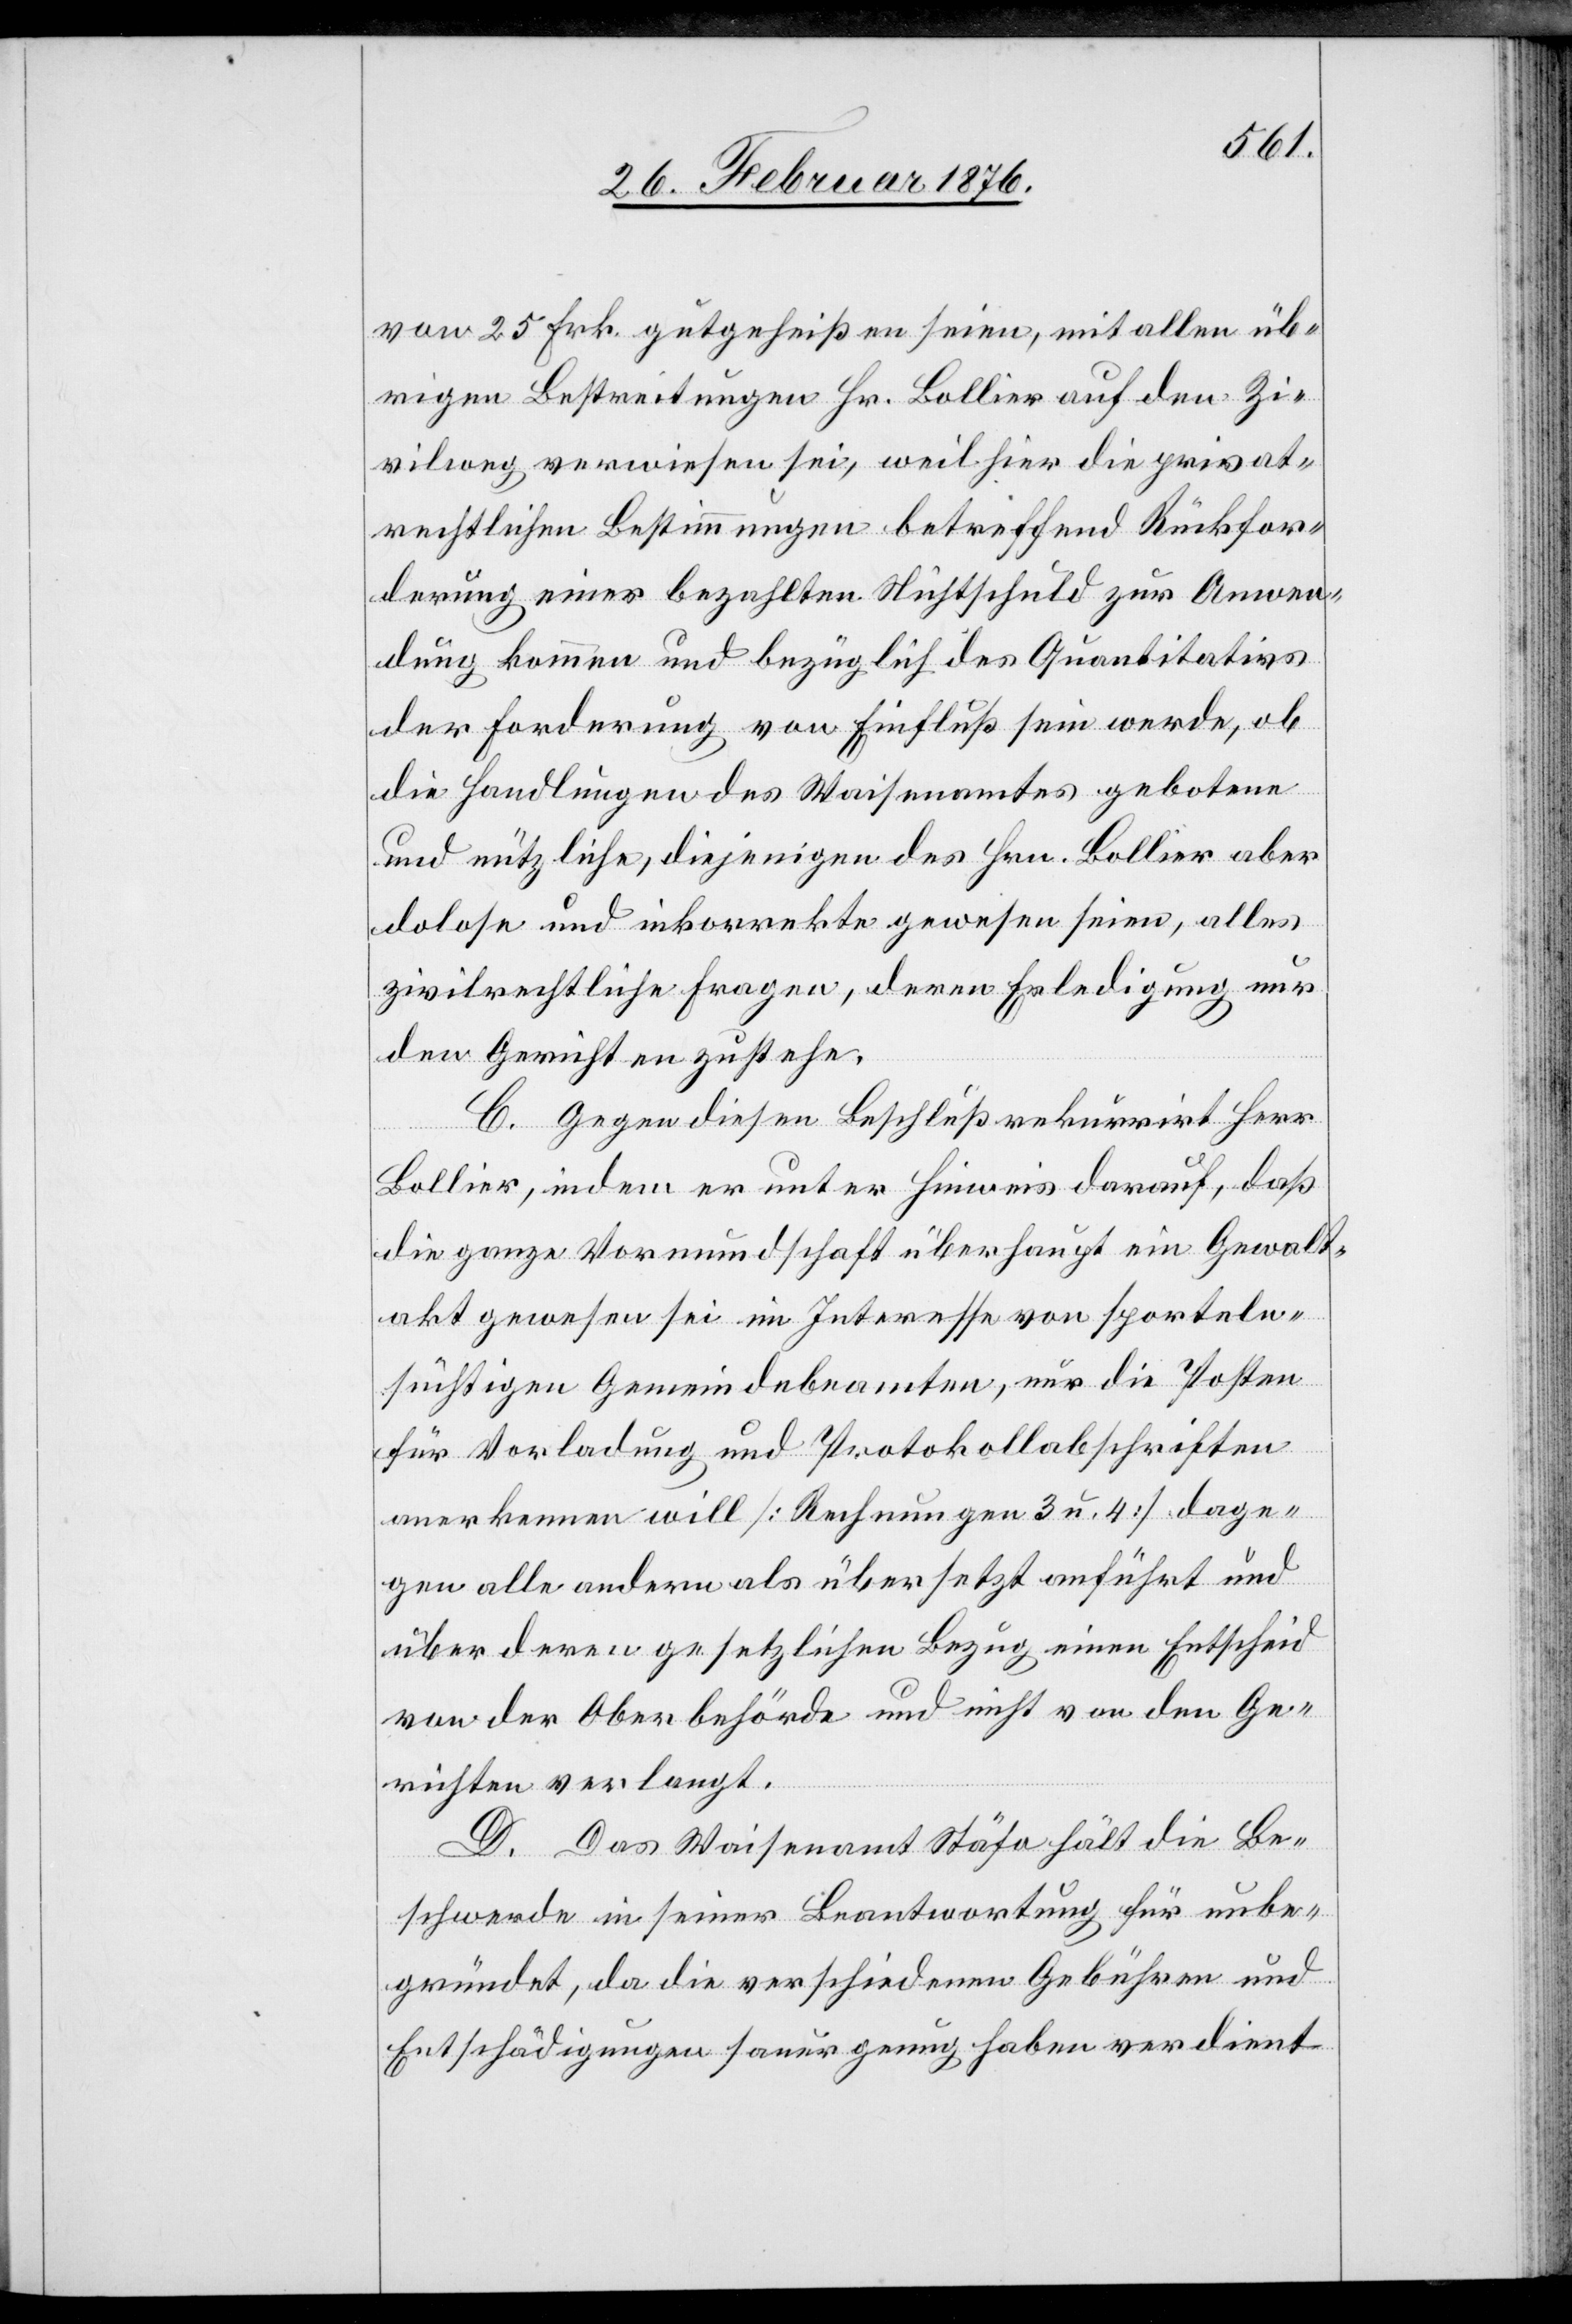
von 25 Frk. gutgeheißen seien, mit allen üb¬
rigen Bestreitungen Hr. Bollier auf den Zi¬
vilweg verwiesen sei, weil hier die privat¬
rechtlichen Bestimmungen betreffend Rückfor¬
derung einer bezahlten Nichtschuld zur Anwen¬
dung kommen und bezüglich des Quantitativs
der Forderung von Einfluß sein werde, ob
die Handlungen des Waisenamtes geboten
und nützliche, diejenigen des Hrn. Bollier aber
dolose und inkorrekte gewesen seien, alles
zivilrechtliche Fragen, deren Erledigung nur
den Gerichten zustehe.
C. Gegen diesen Beschluß rekurrirt Herr
Bollier, indem er unter Hinweis darauf, daß
die ganze Vormundschaft überhaupt ein Gewalt¬
akt gewesen sei im Interesse von sporteln¬
süchtigen Gemeindebeamten, nur die Posten
für Vorladung und Protokollabschriften
anerkennen will [Rechnungen 3 u. 4] dage¬
gen alle andern als übersetzt anführt und
über deren gesetzlichen Bezug einen Entscheid
von der Oberbehörde und nicht von den Ge¬
richten verlangt.
D. Das Waisenamt Stäfa hält die Be¬
schwerde in seiner Beantwortung für unbe¬
gründet, da die verschiedenen Gebühren und
Entschädigungen sauer genug haben verdient